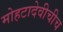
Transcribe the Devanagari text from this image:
मोहटादेवीचीच